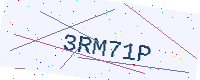
Text: 3RM71P